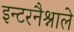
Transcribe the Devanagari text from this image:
इन्टरनैश्नाले